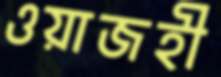
ওয়াজহী